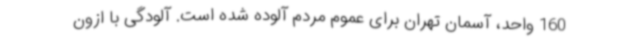
160 واحد، آسمان تهران برای عموم مردم آلوده شده است. آلودگی با ازون